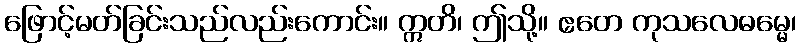
ဖြောင့်မတ်ခြင်းသည်လည်းကောင်း။ ဣတိ၊ ဤသို့။ ဧတေ ကုသလေဓမ္မေ၊